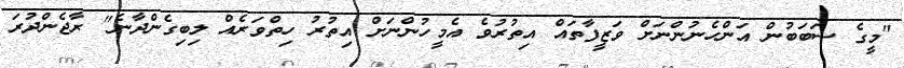
"މީގެ ސަބަބުން އަންހެނުންނަށް ވަޒީފާތައް އިތުރުވެ އެމީހުންނަށް އިތުރު ހިތްވަރެއް ލިބިގެންދާނެ" ރާޖެންދުރަ